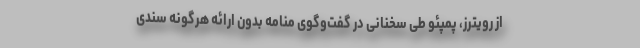
از رویترز، پمپئو طی سخنانی در گفت‌وگوی منامه بدون ارائه هرگونه سندی